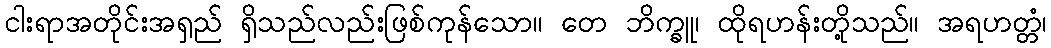
ငါးရာအတိုင်းအရှည် ရှိသည်လည်းဖြစ်ကုန်သော။ တေ ဘိက္ခူ၊ ထိုရဟန်းတို့သည်။ အရဟတ္တံ၊